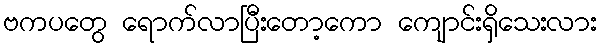
ဗကပတွေ ရောက်လာပြီးတော့ကော ကျောင်းရှိသေးလား